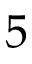
5